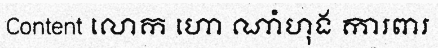
Content លោក ហោ ណាំហុង ការពារ